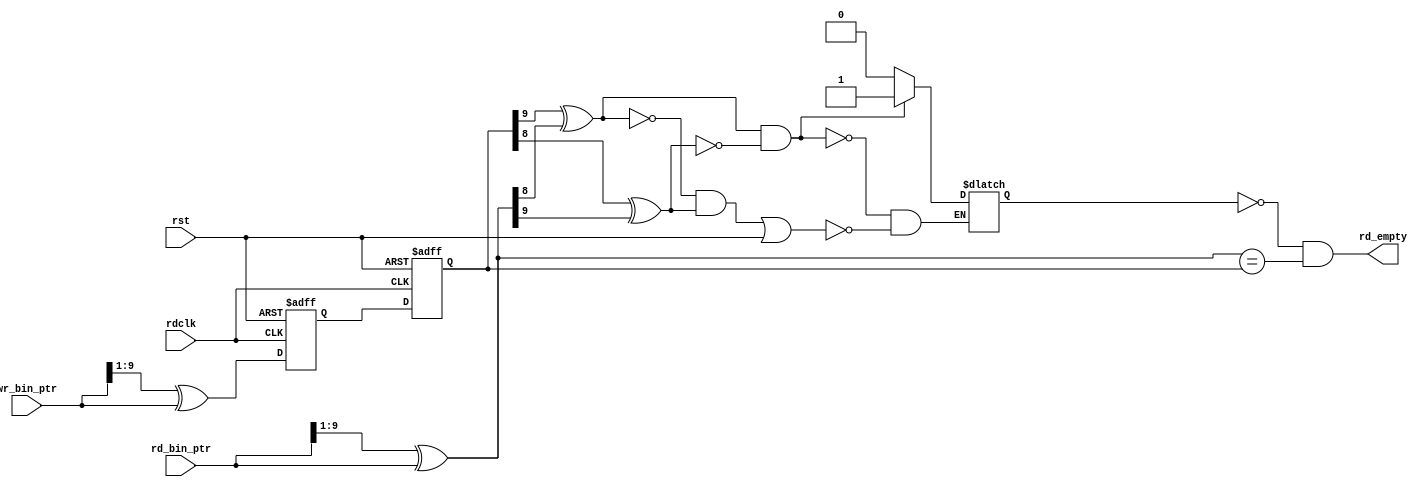
module fifo_empty_gen #(
    parameter   ETHR     = 2,
    parameter   ABITS    = 10,
    parameter   DBITS    = 16
)( 
    input           wire                rdclk,
    input           wire                rst,
    input           wire    [ABITS-1:0] wr_bin_ptr,
    input           wire    [ABITS-1:0] rd_bin_ptr,
    output          wire                rd_empty
);
////////////////////////////////////////////////////////////////////////////////
// parameter 
localparam FIFO_DEPTHS = 1<<ABITS;
////////////////////////////////////////////////////////////////////////////////
// internal register and net declare 
wire [ABITS-1:0] wr_gray_ptr; 
wire [ABITS-1:0] rd_gray_ptr; 
reg  [ABITS-1:0] wr_gray_ptr0; 
reg  [ABITS-1:0] wr_gray_ptr1; 
reg              dirct;
wire             dir_set;
wire             dir_clr;
wire [ABITS:0]   rd_bin_ptr_next;
////////////////////////////////////////////////////////////////////////////////
// internal interconnect 
assign rd_bin_ptr_next = rd_bin_ptr+ETHR;
assign wr_gray_ptr = bin2gray(wr_bin_ptr);
assign rd_gray_ptr = bin2gray(rd_bin_ptr); 
assign dir_set = (wr_gray_ptr1[ABITS-1]^rd_gray_ptr[ABITS-2]) & ~(wr_gray_ptr1[ABITS-2]^rd_gray_ptr[ABITS-1]);
assign dir_clr = (~(wr_gray_ptr1[ABITS-1]^rd_gray_ptr[ABITS-2])) & (wr_gray_ptr1[ABITS-2]^rd_gray_ptr[ABITS-1]) | rst;
assign rd_empty = ~dirct & (rd_gray_ptr[ABITS-1:0] == wr_gray_ptr1[ABITS-1:0]);
////////////////////////////////////////////////////////////////////////////////
// internal logic 
////////////////////////////////////////////////////////////////////////////////
function [ABITS-1 :0] bin2gray ;
input   [ABITS-1 :0] bin_ptr;
begin 
    // gray_ptr[ABITS-1] = bin_ptr[ABITS-1];
    // gray_ptr[ABITS-2:0] = bin_ptr[ABITS-1:1] ^ bin_ptr[ABITS-2:0];
    bin2gray = (bin_ptr >> 1) ^ bin_ptr;
end 
endfunction 
////////////////////////////////////////////////////////////////////////////////
always @ (posedge rdclk,posedge rst)
begin 
    if (rst) begin 
        wr_gray_ptr0 <= {ABITS{1'd0}};
        wr_gray_ptr1 <= {ABITS{1'd0}};
    end 
    else begin 
        wr_gray_ptr0 <= wr_gray_ptr;
        wr_gray_ptr1 <= wr_gray_ptr0;
    end 
end 
////////////////////////////////////////////////////////////////////////////////
always @ (*)
begin 
    if (dir_set) begin 
        dirct <= 1'd1;
    end 
    else if (dir_clr) begin 
        dirct <= 1'd0;
    end 
    else begin 
        dirct <= dirct;//1'd1;
    end 
end 
////////////////////////////////////////////////////////////////////////////////

endmodule